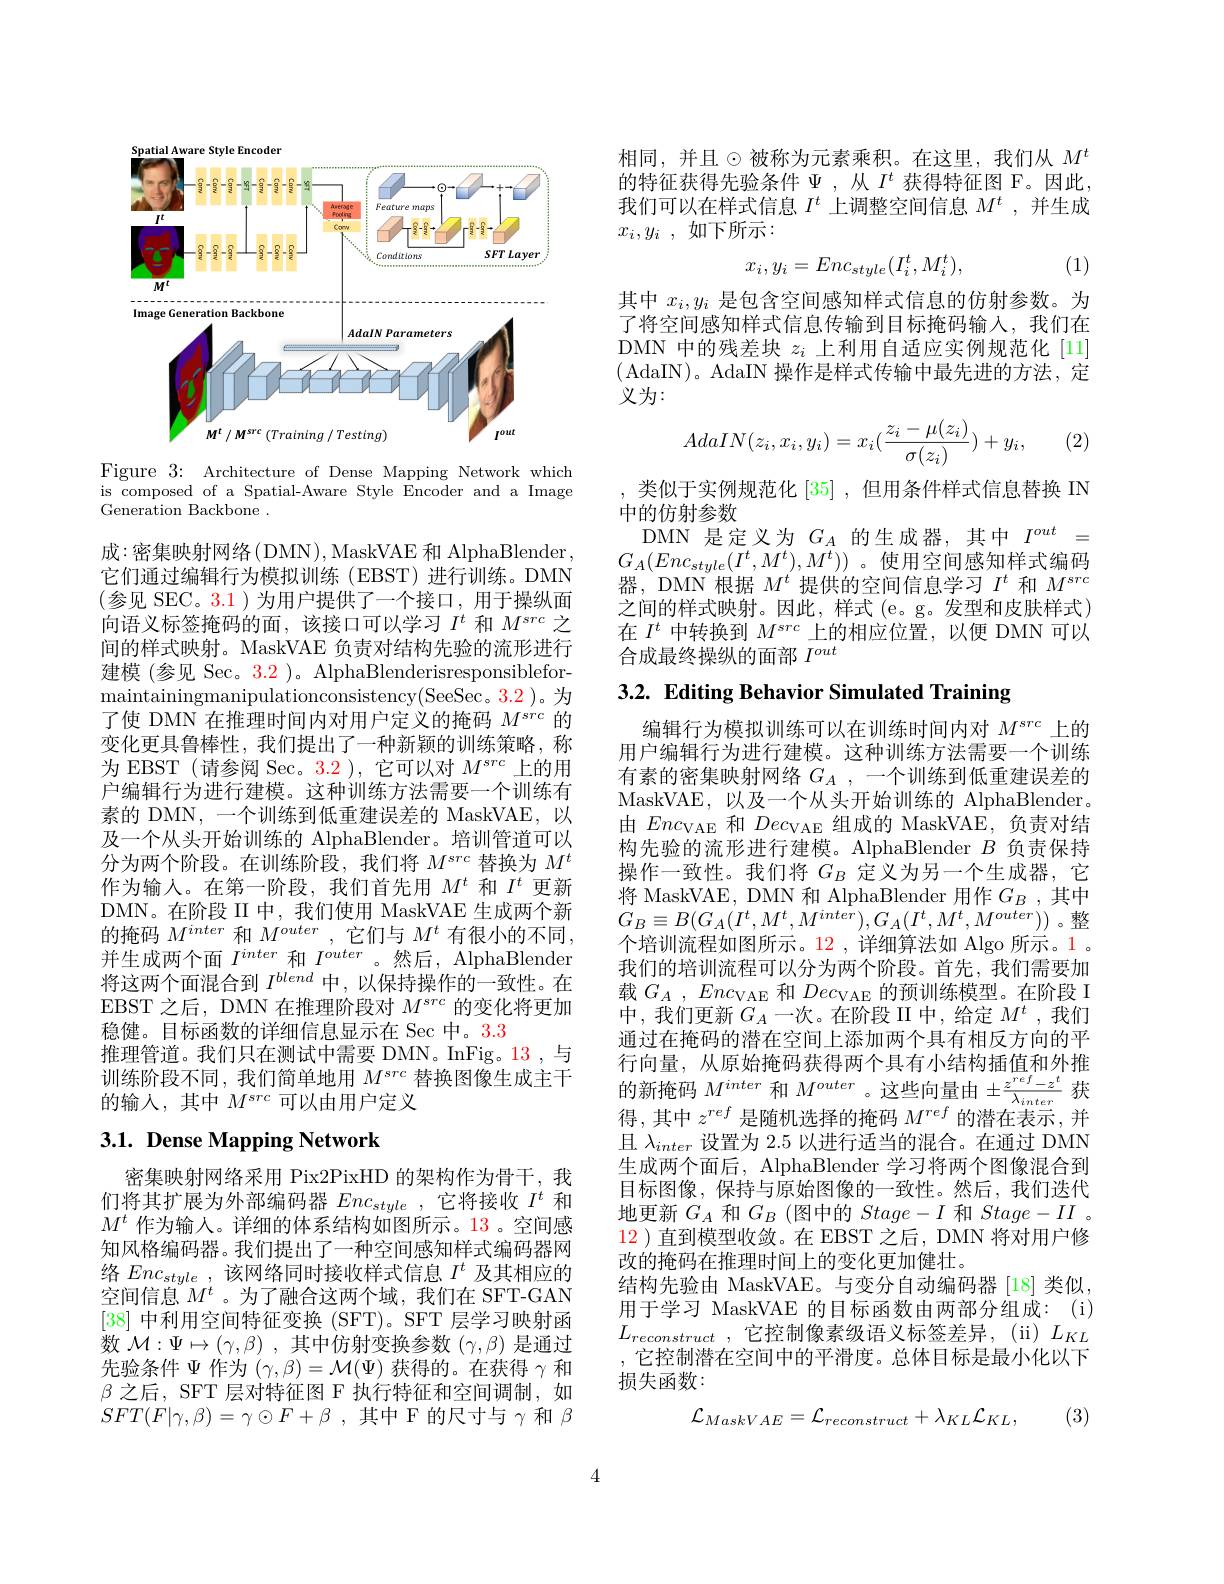
Spatial Aware Style Encoder
<FigureHere>

Figure 3: Architecture of Dense Mapping Network which is composed of a Spatial-Aware Style Encoder and a Image Generation Backbone .

成：密集映射网络(DMN),MaskVAE 和 AlphaBlender, 它们通过编辑行为模拟训练(EBST)进行训练。DMN (参见 SEC。3.1)为用户提供了一个接口，用于操纵面向语义标签掩码的面，该接口可以学习$I^t$和$M^{src}$之间的样式映射。MaskVAE 负责对结构先验的流形进行建模 (参见 Sec。3.2 )。AlphaBlenderisresponsibleformaintainingmanipulationconsistency( SeeSec。3. 2) 。为了使 DMN 在推理时间内对用户定义的掩码$M^{src}$的变化更具鲁棒性，我们提出了一种新颖的训练策略，称为 EBST (请参阅 Sec。3.2 ),它可以对$M^src$上的用户编辑行为进行建模。这种训练方法需要一个训练有素的 DMN, 一个训练到低重建误差的 MaskVAE, 以及一个从头开始训练的 AlphaBlender。培训管道可以分为两个阶段。在训练阶段，我们将$M^{src}$替换为$M^t$ 作为输人。在第一阶段，我们首先用$M^t$和$I^t$更新DMN。在阶段 II 中，我们使用 MaskVAE 生成两个新的掩码$M^{inter}$和$M^{outer}$ ,它们与$M^t$有很小的不同， 并生成两个面$I^{inter}$和$I^{outer}$ 。然后，AlphaBlender 将这两个面混合到$I^blend$中，以保持操作的一致性。在EBST 之后，DMN 在推理阶段对$M^{src}$的变化将更加稳健。目标函数的详细信息显示在 Sec 中。3.3
推理管道。我们只在测试中需要 DMN。InFig。13,与训练阶段不同，我们简单地用$M^{src}$替换图像生成主干的输入，其中$M^src$可以由用户定义

# 3.1. Dense Mapping Network

密集映射网络采用 Pix2PixHD 的架构作为骨干，我们将其扩展为外部编码器$Enc_{style}$,它将接收$I^t$和$M^t$作为输人。详细的体系结构如图所示。13。空间感知风格编码器。我们提出了一种空间感知样式编码器网络$Enc_{style}$,该网络同时接收样式信息$I^t$及其相应的空间信息$M^t$ 。为了融合这两个域，我们在 SFT-GAN [38]中利用空间特征变换 (SFT)。SFT 层学习映射函数$\mathcal{M} : \Psi \mapsto ( \gamma , \beta )$ ,其中仿射变换参数$(\gamma,\beta)$是通过先验条件$\Psi$作为$(\gamma,\beta)=\mathcal{M}(\Psi)$获得的。在获得$\gamma$和$\beta$之后，SFT 层对特征图 F 执行特征和空间调制，如$SFT( F| \gamma , \beta ) = \gamma \odot F+ \beta$ ,其中 F 的尺寸与$\gamma$和$\beta$

相同，并且$\odot$被称为元素乘积。在这里，我们从 $M^t$ 的特征获得先验条件$\Psi$,从$I^t$ 获得特征图 F。因此， 我们可以在样式信息$I^t$上调整空间信息$M^t$ ,并生成$x_i, y_i$ , $如 下 所 示 :$
$$x_i,y_i=Enc_{style}(I_i^t,M_i^t),$$
, (1)

其中$x_i,y_i$是包含空间感知样式信息的仿射参数。为了将空间感知样式信息传输到目标掩码输入，我们在DMN 中的残差块$z_i$上利用自适应实例规范化 [11] (AdaIN)。AdaIN 操作是样式传输中最先进的方法，定义为：
$$AdaIN(z_i,x_i,y_i)=x_i(\frac{z_i-\mu(z_i)}{\sigma(z_i)})+y_i,$$
(2)

类似于实例规范化[35] ,但用条件样式信息替换 IN
中的仿射参数
DMN 是定义为$G_A$的生成器，其中$I^out=$ $G_A(Enc_{style}(I^t,M^t),M^t))$ 。使用空间感知样式编码器，DMN 根据$M^t$提供的空间信息学习$I^t$和$M^src$ 之间的样式映射。因此，样式 (e。g。发型和皮肤样式) 在$I^t$中转换到$M^src$上的相应位置，以便 DMN 可以$\mathop{\text{合成最终操纵的面部}}\mathop{I^{out}}$

3.2. Editing Behavior Simulated Training

编辑行为模拟训练可以在训练时间内对$M^{src}$上的用户编辑行为进行建模。这种训练方法需要一个训练有素的密集映射网络$G_A$,一个训练到低重建误差的MaskVAE,以及一个从头开始训练的 AlphaBlender。由$Enc_\mathrm{VAE}$和$Dec_\mathrm{VAE}$组成的 MaskVAE,负责对结构先验的流形进行建模。AlphaBlender $B$负责保持操作一致性。我们将$G_B$定义为另一个生成器，它将 MaskVAE, DMN 和 AlphaBlender 用作 $G_B$,其中$G_{B}\equiv B(G_{A}(I^{t},M^{t},M^{inter}),G_{A}(I^{t},M^{t},M^{outer}))$。整个培训流程如图所示。12 ,详细算法如 Algo 所示。1 。我们的培训流程可以分为两个阶段。首先，我们需要加载$G_A,Enc_\mathrm{VAE}$和$Dec_\mathrm{VAE}$的预训练模型。在阶段 I 中，我们更新$G_A$一次。在阶段 II 中，给定 $M^t$,我们通过在掩码的潜在空间上添加两个具有相反方向的平行向量，从原始掩码获得两个具有小结构插值和外推的 新 掩 码 $M^{inter}$ 和 $M^{outer}$。这 些 向 量 由 $\pm \frac {z^{ref}- z^{t}}{\lambda _{inter}}$ 获 但 中 中 ref 日 阵 却 冲 击 的 标 而 Mref 的 进 士 士 一 .并得，其中$z^ref$是随机选择的掩码$M^ref$的潜在表示，并且$\lambda_{inter}$设置为2.5以进行适当的混合。在通过 DMN 生成两个面后，AlphaBlender 学习将两个图像混合到目标图像，保持与原始图像的一致性。然后，我们迭代地更新$G_A$和$G_B$ (图中的$Stage-I$和$Stage-II$ 。12 )直到模型收敛。在 EBST 之后，DMN 将对用户修改的掩码在推理时间上的变化更加健壮。
结构先验由 MaskVAE。与变分自动编码器[18]类似， 用于学习 MaskVAE 的目标函数由两部分组成：(i) $L_{reconstruct}$ , 它控制像素级语义标签差异，(i) $L_KL$ 它控制潜在空间中的平滑度。总体目标是最小化以下损失函数：
$$\mathcal{L}_{MaskVAE}=\mathcal{L}_{reconstruct}+\lambda_{KL}\mathcal{L}_{KL},$$
(3)

4